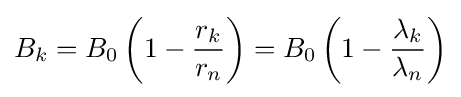
B_{k}=B_{0}\left(1-{\frac {r_{k}}{r_{n}}}\right)=B_{0}\left(1-{\frac {\lambda _{k}}{\lambda _{n}}}\right)